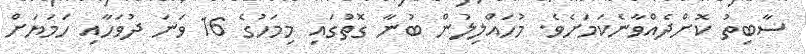
ސާބިތު ކޮށްދެއްވާނެކަމަށެވެ. މުހައްލިލުން ބުނާ ގޮތުގައި މިމަހުގެ 16 ވަނަ ދުވަހާއި ހަމަޔަށް